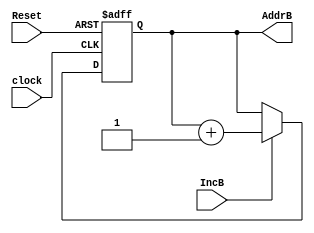
module counterB(AddrB, IncB, Reset, clock);

/* Define I/O */
output [1:0]AddrB;
input IncB, Reset, clock;

/* Define reg and wires */
reg [1:0]AddrB;

/* The counter will increment by 1 for each posedge of the clock */
always @ (posedge clock or posedge Reset)
begin
    /* Reset the counter to 0 if Reset is high */
    if (Reset==1)
    begin
        AddrB <= 2'b0;
    end

    /* Else if IncB control signal is 1, then increment AddrB */
    else
    begin
        if (IncB==1)
        begin
            AddrB <= AddrB + 2'b1;
        end
    end
end

endmodule